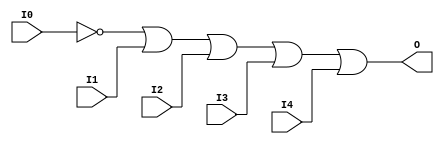
module OR5B1 (O, I0, I1, I2, I3, I4);

    output O;

    input  I0, I1, I2, I3, I4;

    wire i0_inv;

    not N0 (i0_inv, I0);
    or O1 (O, i0_inv, I1, I2, I3, I4);


endmodule